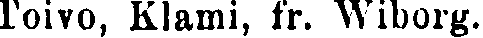
Toivo, Klami, fr, Wiborg.